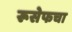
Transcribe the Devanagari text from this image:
रूसेफचा